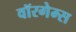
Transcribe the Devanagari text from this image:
वॉरगेम्स